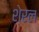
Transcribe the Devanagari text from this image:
शेरल